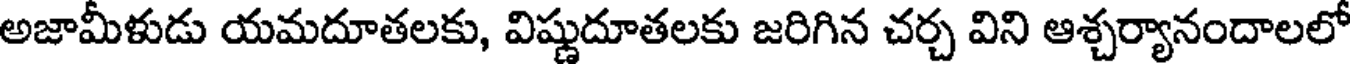
అజామీళుడు యమదూతలకు, విష్ణుదూతలకు జరిగిన చర్చ విని ఆశ్చర్యానందాలలో